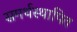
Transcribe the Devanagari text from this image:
समर्थस्थापित